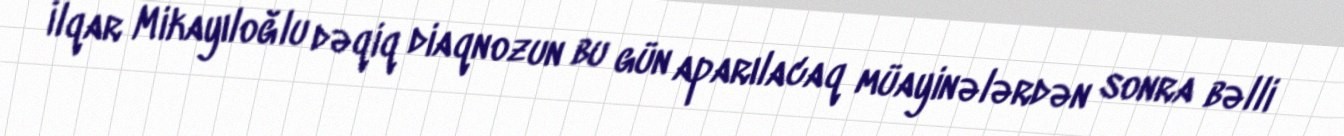
İlqar Mikayıloğlu dəqiq diaqnozun bu gün aparılacaq müayinələrdən sonra bəlli